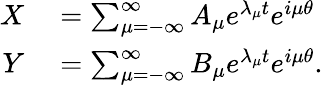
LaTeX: \begin{array}{rl}{X}&{{}=\sum_{\mu=-\infty}^{\infty}A_{\mu}e^{\lambda_{\mu}t}e^{i\mu\theta}}\\ {Y}&{{}=\sum_{\mu=-\infty}^{\infty}B_{\mu}e^{\lambda_{\mu}t}e^{i\mu\theta}.}\end{array}